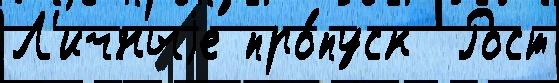
Л'ичныjе про́пуск  Рост